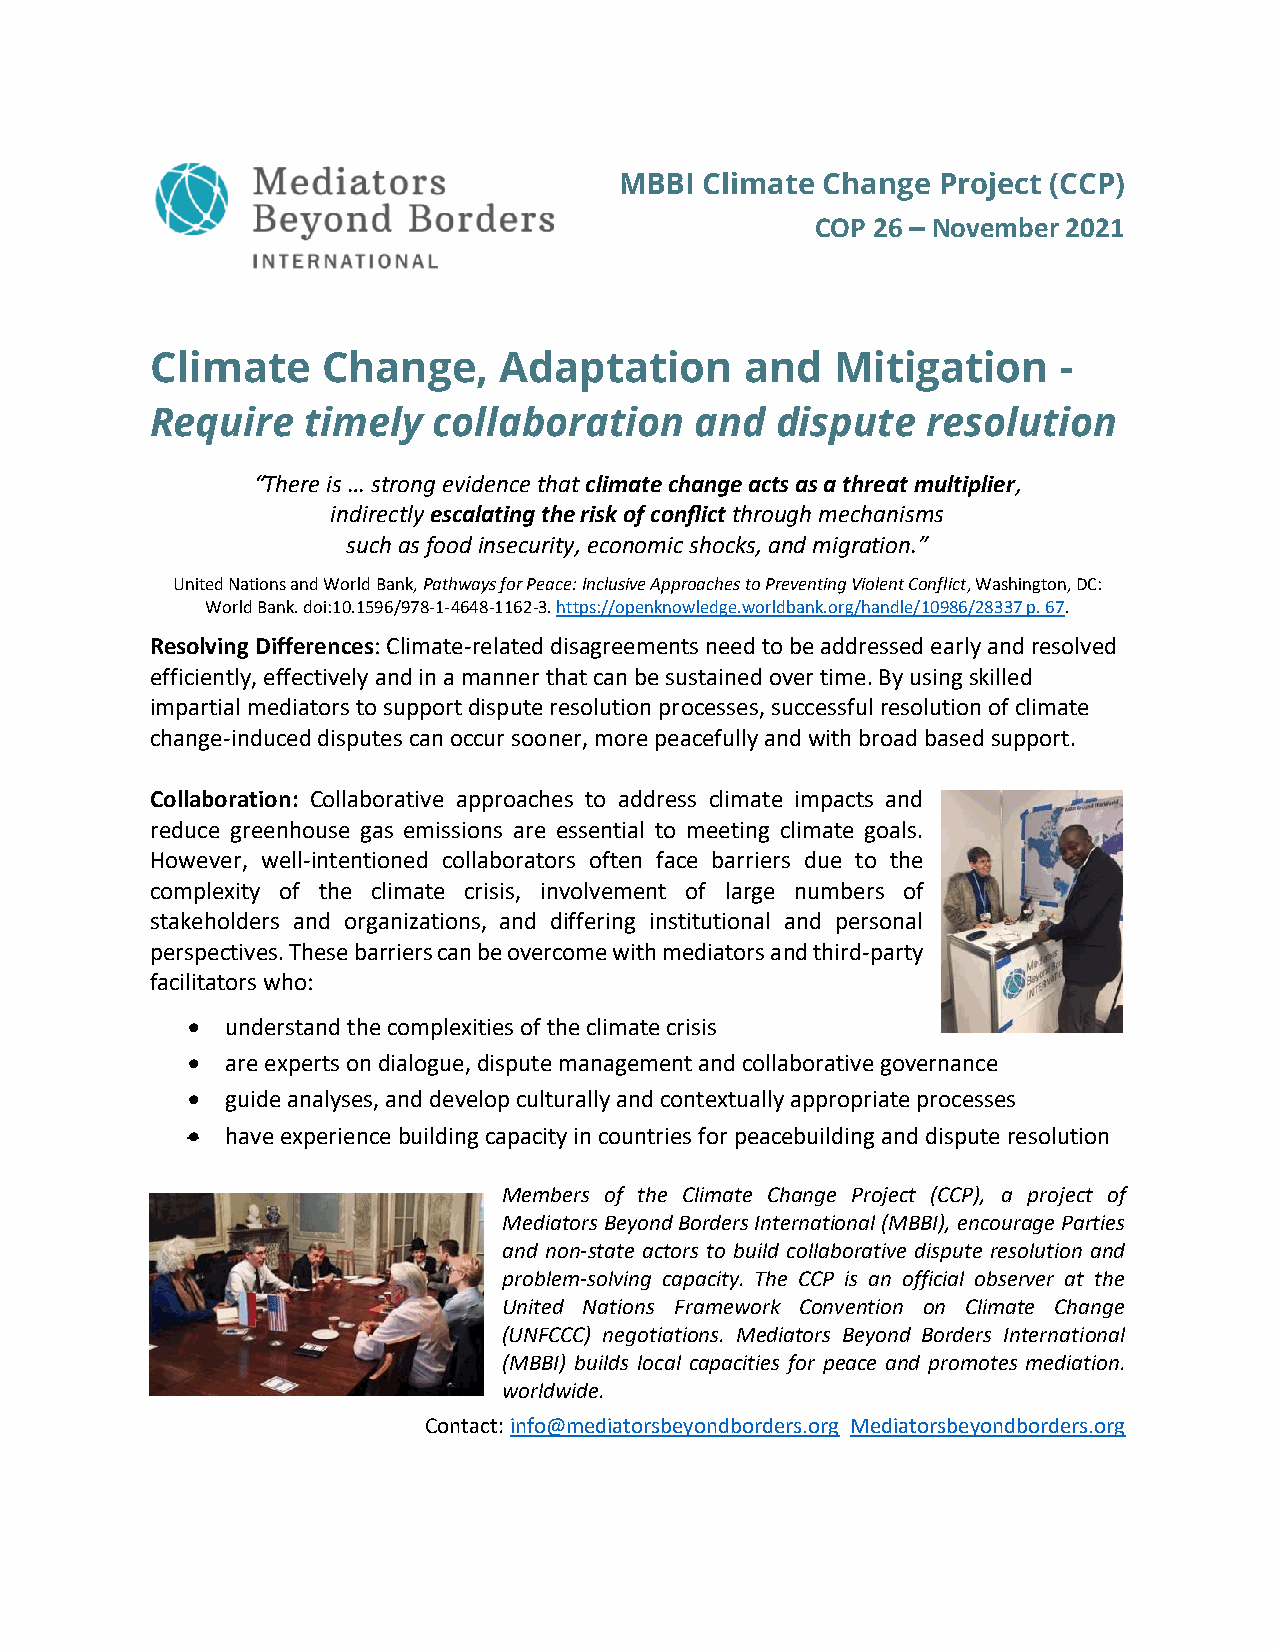
MBBI  Climate Change Project (CCP)
 COP 26 – November 2021
 Climate    Change,     Adaptation      and   Mitigation     -
 Require   timely   collaboration    and  dispute   resolution
 “There is … strong evidence that climate change acts as a threat multiplier,
 indirectly escalating the risk of conflict through mechanisms
 such as food insecurity, economic shocks, and migration.”
 United Nations and World Bank, Pathways for Peace: Inclusive Approaches to Preventing Violent Conflict, Washington, DC:
 World Bank. doi:10.1596/978-1-4648-1162-3. https://openknowledge.worldbank.org/handle/10986/28337 p. 67.
 Resolving Differences: Climate-related disagreements need to be addressed early and resolved
 efficiently, effectively and in a manner that can be sustained over time. By using skilled
 impartial mediators to support dispute resolution processes, successful resolution of climate
 change-induced disputes can occur sooner, more peacefully and with broad based support.
 Collaboration: Collaborative approaches to address climate impacts and
 reduce greenhouse gas emissions are essential to meeting climate goals.
 However, well-intentioned collaborators often face barriers due to the
 complexity of the climate crisis, involvement of large numbers of
 stakeholders and organizations, and differing institutional and personal
 perspectives. These barriers can be overcome with mediators and third-party
 facilitators who:
 •  understand the complexities of the climate crisis
 •  are experts on dialogue, dispute management and collaborative governance
 •  guide analyses, and develop culturally and contextually appropriate processes
 •  have experience building capacity in countries for peacebuilding and dispute resolution
 Members of the Climate Change Project (CCP), a project of
 Mediators Beyond Borders International (MBBI), encourage Parties
 and non-state actors to build collaborative dispute resolution and
 problem-solving capacity. The CCP is an official observer at the
 United Nations Framework Convention on Climate Change
 (UNFCCC) negotiations. Mediators Beyond Borders International
 (MBBI) builds local capacities for peace and promotes mediation.
 worldwide.
 Contact: info@mediatorsbeyondborders.org Mediatorsbeyondborders.org